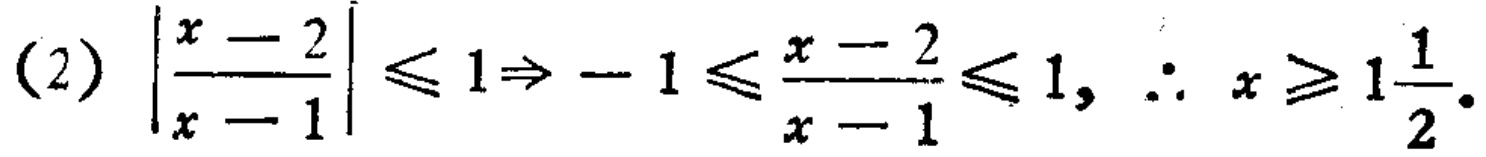
(2) \(\left|\frac{x - 2}{x - 1}\right|\leqslant 1\Rightarrow - 1\leqslant\frac{x - 2}{x - 1}\leqslant 1,\ \therefore\ x\geqslant 1\frac{1}{2}\).